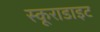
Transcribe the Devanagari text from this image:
स्कूराडाइट